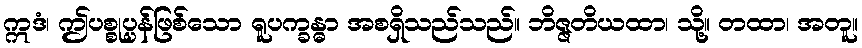
ဣဒံ၊ ဤပစ္စုပ္ပန်ဖြစ်သော ရူပက္ခန္ဓာ အစရှိသည်သည်။ ဘိဇ္ဇတိယထာ၊ သို့။ တထာ၊ အတူ။